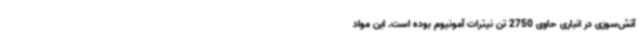
آتش‌سوزی در انباری حاوی 2750 تن نیترات آمونیوم بوده است. این مواد